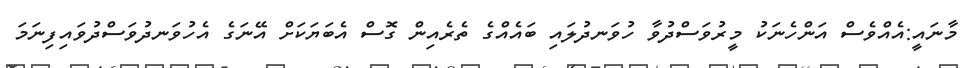
މާނައީ:އެއްވެސް އަންހެނަކު މީރުވަސްދުވާ ހުވަނދުލައި ބައެއްގެ ތެރެއިން ގޮސް އެބަޔަކަށް އޭނަގެ އެހުވަނދުވަސްދުވައިފިނަމަ